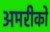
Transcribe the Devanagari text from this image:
अमरीकों